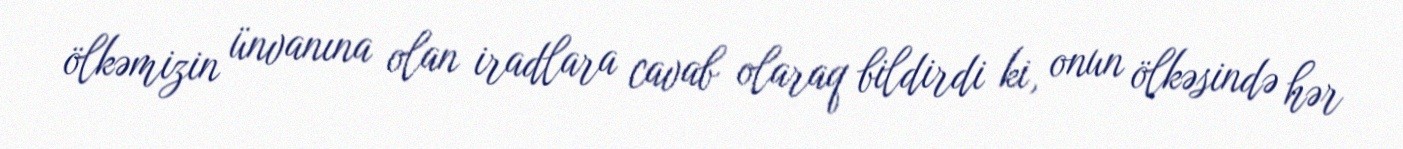
ölkəmizin ünvanına olan iradlara cavab olaraq bildirdi ki, onun ölkəsində hər